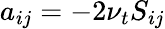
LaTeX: a_{ij}=-2\nu_{t}S_{ij}